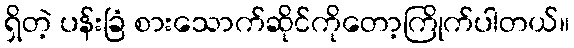
ရှိတဲ့ ပန်းခြံ စားသောက်ဆိုင်ကိုတော့ကြိုက်ပါတယ်။